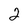
Character: 2